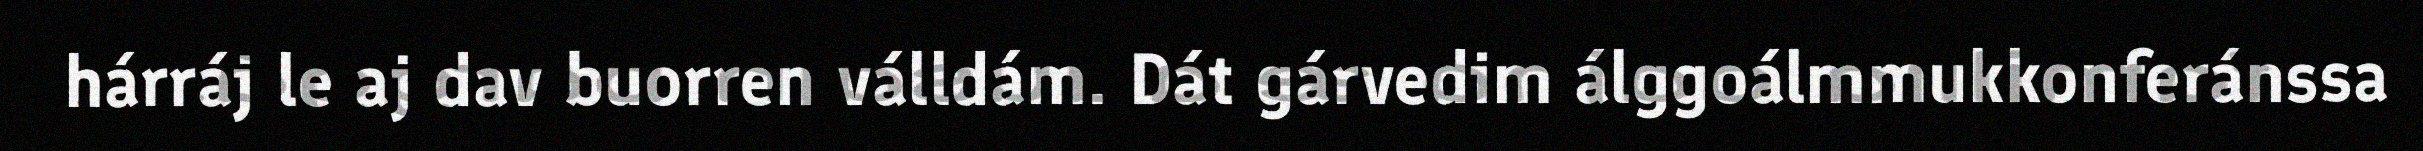
hárráj le aj dav buorren válldám. Dát gárvedim álggoálmmukkonferánssa